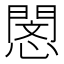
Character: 𢡻